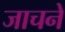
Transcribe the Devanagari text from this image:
जाचने